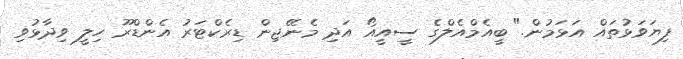
ފިޔަވަޅުތައް އަޅަމުން." ބީއެމްއެލްގެ ސީއީއޯ އަދި މެނޭޖިން ޑިރެކްޓަރު އެންޑްރޫ ހިލީ ވިދާޅުވި